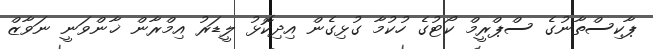
ޕާކިސްތާނުގެ ސްޕްރީމް ކޯޓުގެ ހުކުމާ ގުޅިގެން އިދިކޮޅު ލީޑަރު އިމްރާން ޚާންވަނީ ނަވާޒް